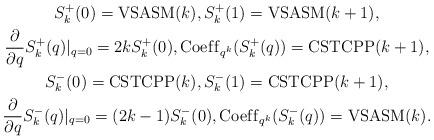
LaTeX: \begin{gather*}S_k^{+}(0)={\rm VSASM}(k), S_k^{+}(1)={\rm VSASM}(k+1), \\{\partial \over \partial q} S_k^{+}(q) \vert_{q=0}= 2k S_{k}^{+}(0),{\rm Coef\/f}_{q^{k}}(S_k^{+}(q) )={\rm CSTCPP}(k+1),\\S_k^{-}(0)={\rm CSTCPP}(k), S_k^{-}(1)={\rm CSTCPP}(k+1), \\{\partial \over \partial q} S_k^{-}(q) \vert_{q=0}= (2k-1) S_{k}^{-}(0),{\rm Coef\/f}_{q^{k}} (S_k^{-}(q) )={\rm VSASM}(k).\end{gather*}